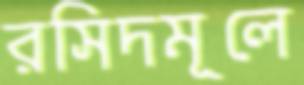
রসিদমূলে